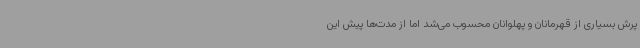
پرش بسیاری از قهرمانان و پهلوانان محسوب می‌شد اما از مدت‌ها پیش این